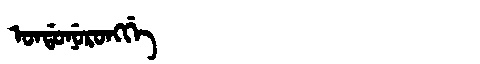
Manchu: ᠣᠨᡩᠣᠨᡠᡵᠣᠩᡤᡝ
Romanization: ONDONURONGGE